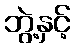
ဘွဲ့နှင့်